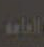
العامية